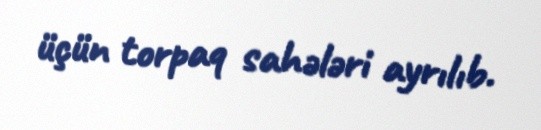
üçün torpaq sahələri ayrılıb.